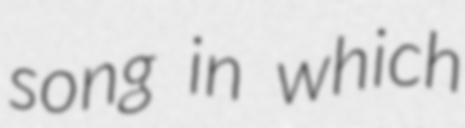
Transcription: song in which